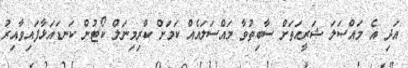
އަދި އެ މައްސަލަ ޝަރީއަތަށް ސާބިތުވާ މައްސަލައެއް ކަމަށް ކްރިމިނަލް ކޯޓުން ކަނޑައަޅާފައިވާއިރު